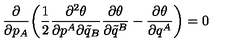
\frac { \partial } { \partial p _ { A } } \bigg ( \frac { 1 } { 2 } \frac { \partial ^ { 2 } \theta } { \partial p ^ { A } \partial \tilde { q } _ { B } } \frac { \partial \theta } { \partial \tilde { q } ^ { B } } - \frac { \partial \theta } { \partial q ^ { A } } \bigg ) = 0